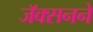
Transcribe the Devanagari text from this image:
जॅक्सनने